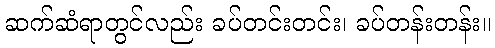
ဆက်ဆံရာတွင်လည်း ခပ်တင်းတင်း၊ ခပ်တန်းတန်း။